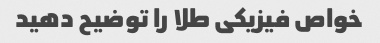
خواص فیزیکی طلا را توضیح دهید